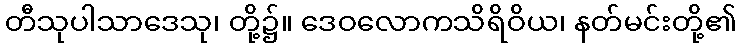
တီသုပါသာဒေသု၊ တို့၌။ ဒေဝလောကသိရိဝိယ၊ နတ်မင်းတို့၏